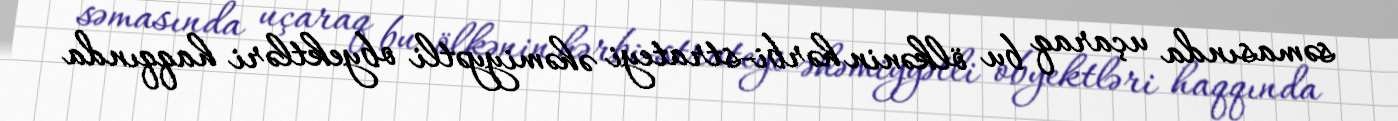
səmasında uçaraq bu ölkənin hərbi-strateyi əhəmiyyətli obyektləri haqqında